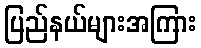
ပြည်နယ်များအကြား